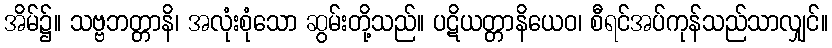
အိမ်၌။ သဗ္ဗဘတ္တာနိ၊ အလုံးစုံသော ဆွမ်းတို့သည်။ ပဋိယတ္တာနိယေဝ၊ စီရင်အပ်ကုန်သည်သာလျှင်။